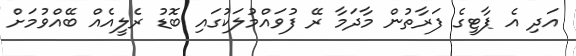
އަދި އެ ޕާޓީގެ ފަރާތުން މާދަމާ ރޭ ފުވައްމުލަކުގައި ބޮޑު ރެލީއެއް ބޭއްވުމަށް